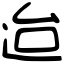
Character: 迨